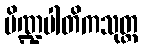
ပိဏ္ဍပါတိကသုတ္တ